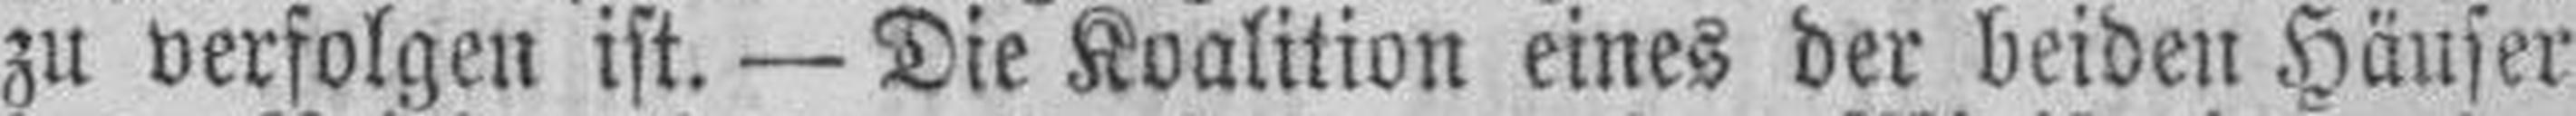
zu verfolgen ist. — Die Koalition eines der beiden Häuser